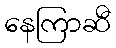
နေကြာဆီ